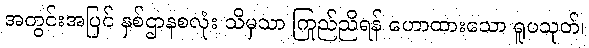
အတွင်းအပြင် နှစ်ဌာနစလုံး သိမှသာ ကြည်ညိုရန် ဟောထားသော ရူပသုတ်၊